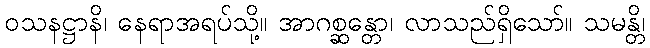
ဝသနဋ္ဌာနိ၊ နေရာအရပ်သို့။ အာဂစ္ဆန္တော၊ လာသည်ရှိသော်။ သမန္တိ၊